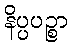
နိပ္ပပဉ္စာ